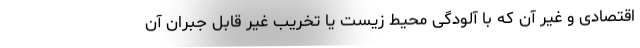
اقتصادی و غیر آن که با آلودگی محیط زیست یا تخریب غیر قابل جبران آن